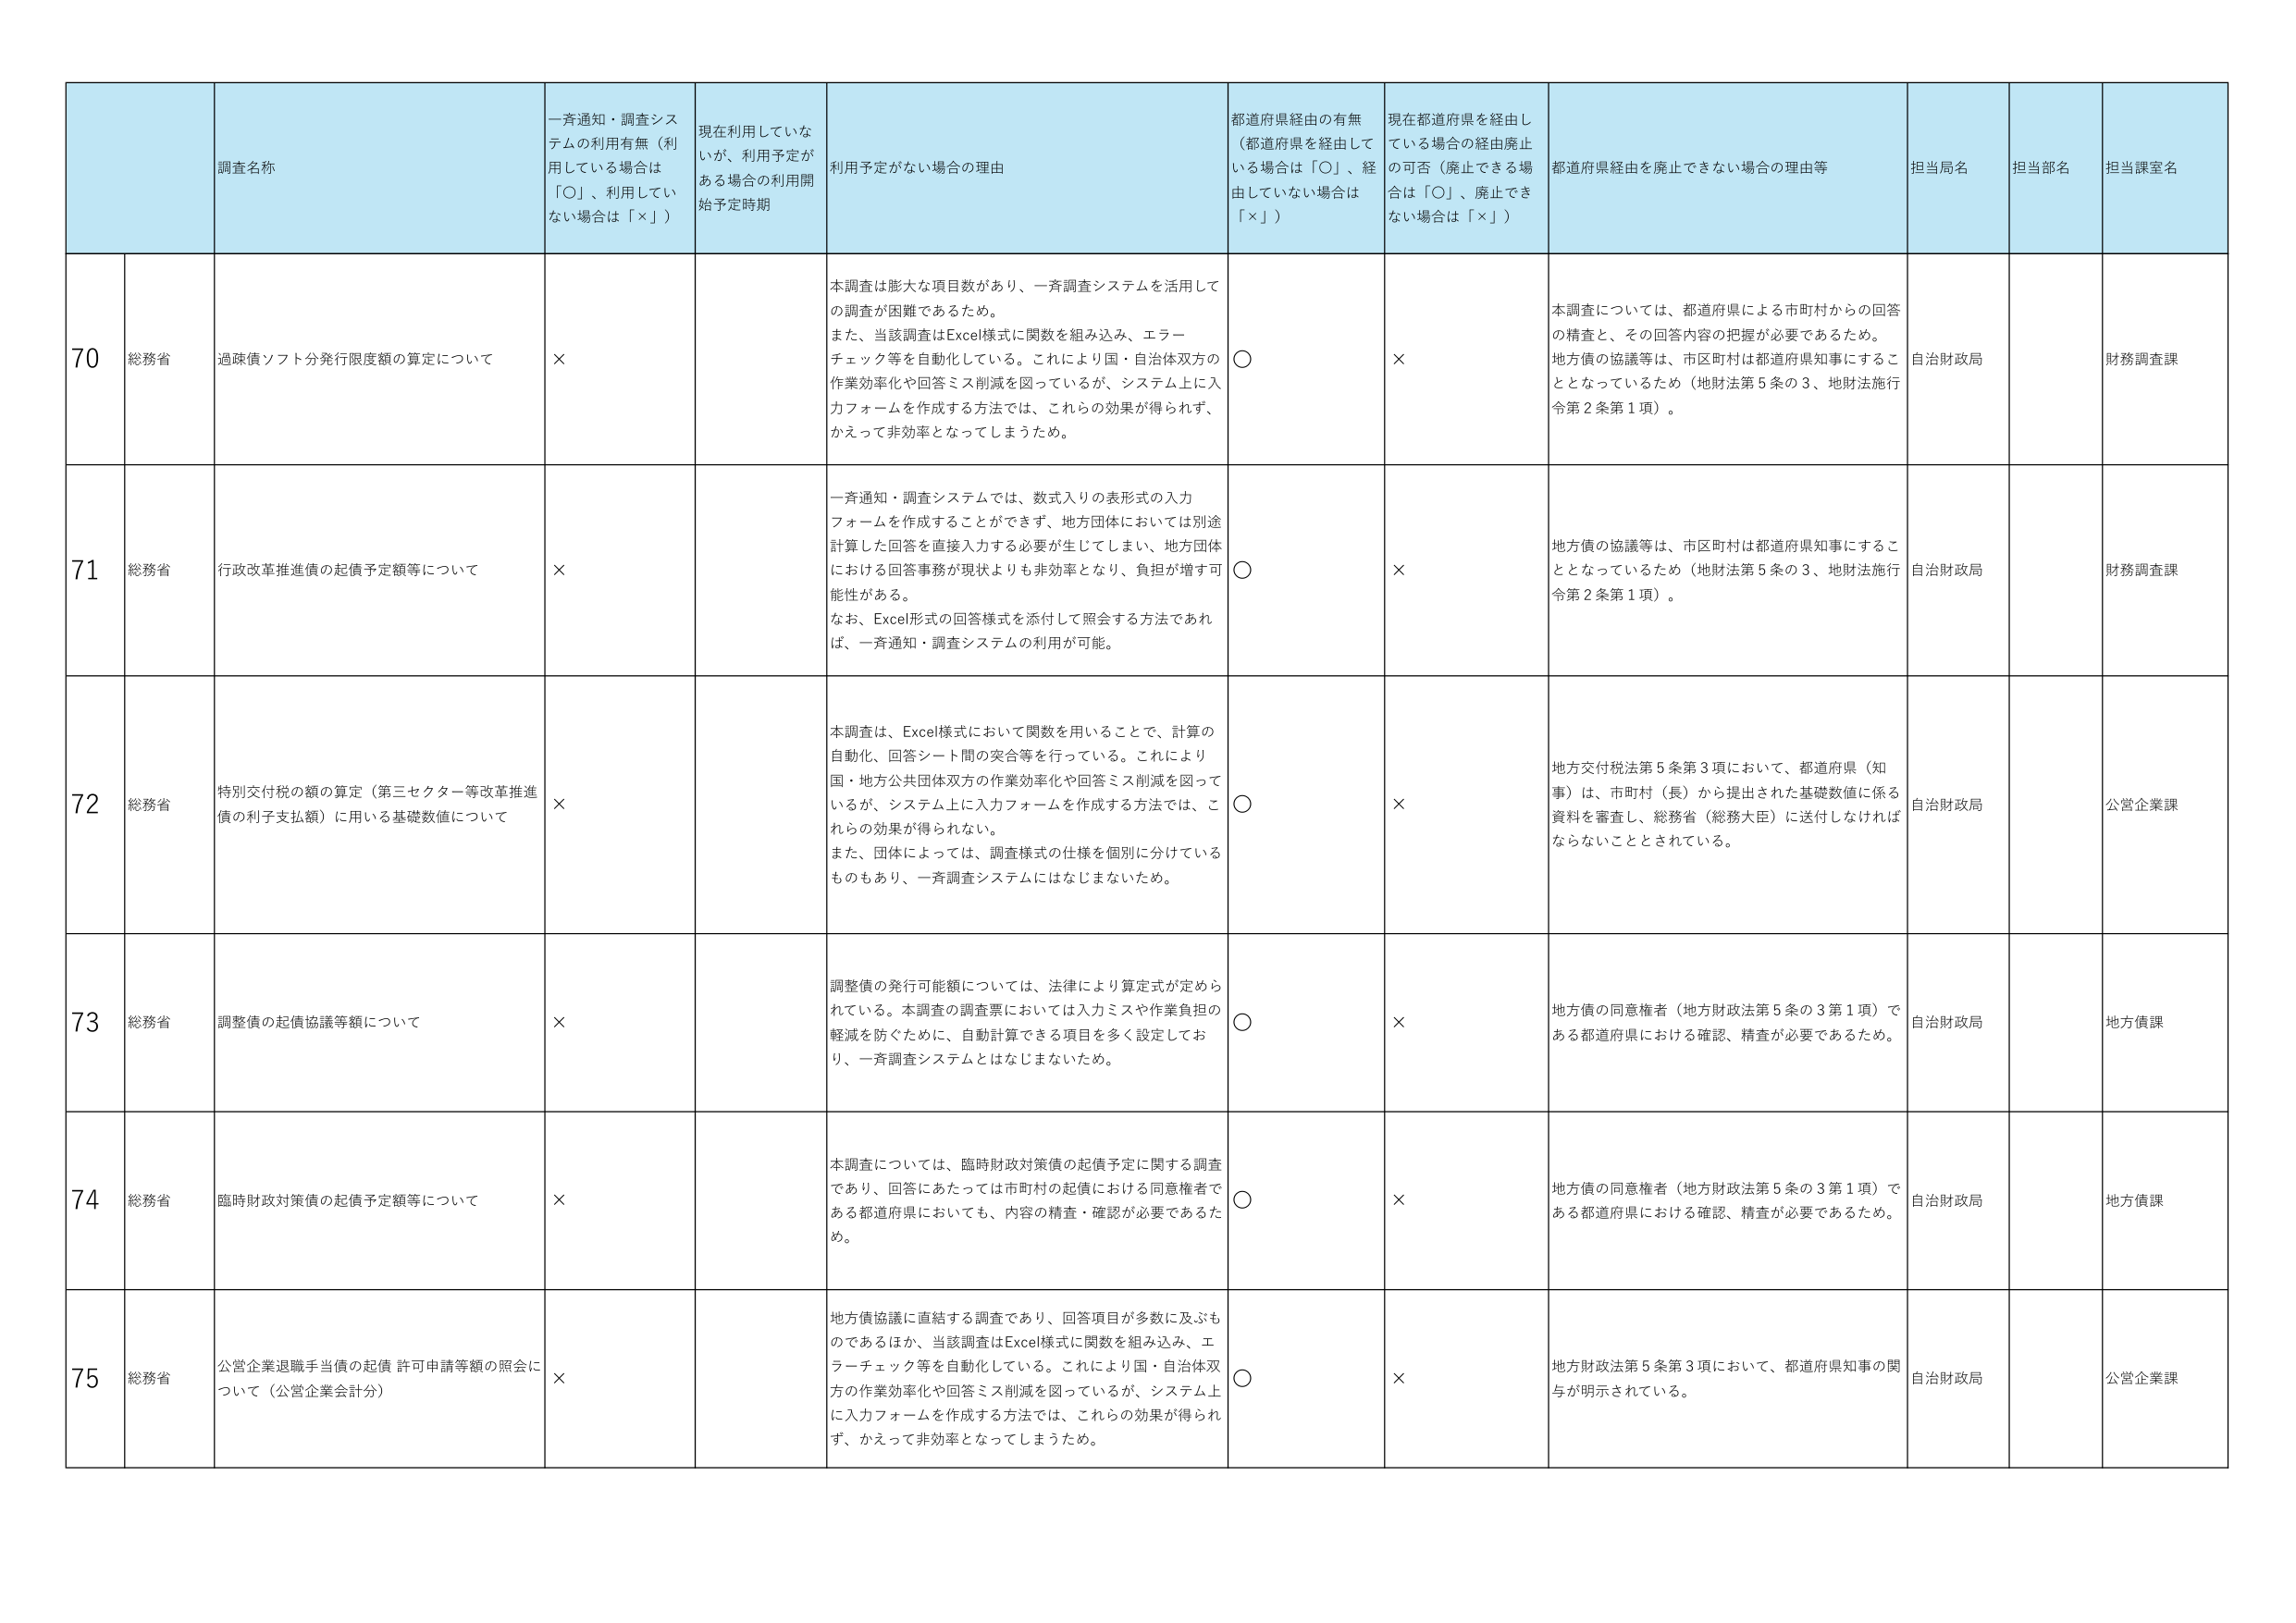
70 総務省 過疎債ソフト分発行限度額の算定について × 本調査は膨大な項目数があり、一斉調査システムを活用して の調査が困難であるため。 また、当該調査はExcel様式に関数を組み込み、エラー チェック等を自動化している。これにより国・自治体双方の 作業効率化や回答ミス削減を図っているが、システム上に入 力フォームを作成する方法では、これらの効果が得られず、 かえって非効率となってしまうため。 ○ × 本調査については、都道府県による市町村からの回答 の精査と、その回答内容の把握が必要であるため。 地方債の協議等は、市区町村は都道府県知事にするこ ととなっているため（地財法第5条の3、地財法施行 令第2条第1項）。 自治財政局 財務調査課

71 総務省 行政改革推進債の起債予定額等について × 一斉通知・調査システムでは、数式入りの表形式の入力 フォームを作成することができず、地方団体においては別途 計算した回答を直接入力する必要が生じてしまい、地方団体 における回答事務が現状よりも非効率となり、負担が増す可 能性がある。 なお、Excel形式の回答様式を添付して照会する方法であれ ば、一斉通知・調査システムの利用が可能。 ○ × 地方債の協議等は、市区町村は都道府県知事にするこ ととなっているため（地財法第5条の3、地財法施行 令第2条第1項）。 自治財政局 財務調査課

72 総務省 特別交付税の額の算定（第三セクター等改革推進 債の利子支払額）に用いる基礎数値について × 本調査は、Excel様式において関数を用いることで、計算の 自動化、回答シート間の突合等を行っている。これにより 国・地方公共団体双方の作業効率化や回答ミス削減を図って いるが、システム上に入力フォームを作成する方法では、こ れらの効果が得られない。 また、団体によっては、調査様式の仕様を個別に分けている ものもあり、一斉調査システムにはなじまないため。 ○ × 地方交付税法第5条第3項において、都道府県（知 事）は、市町村（長）から提出された基礎数値に係る 資料を審査し、総務省（総務大臣）に送付しなければ ならないこととされている。 自治財政局 公営企業課

73 総務省 調整債の起債協議等額について × 調整債の発行可能額については、法律により算定式が定めら れている。本調査の調査票においては入力ミスや作業負担の 軽減を防ぐために、自動計算できる項目を多く設定してお り、一斉調査システムとはなじまないため。 ○ × 地方債の同意権者（地方財政法第5条の3第1項）で ある都道府県における確認、精査が必要であるため。 自治財政局 地方債課

74 総務省 臨時財政対策債の起債予定額等について × 本調査については、臨時財政対策債の起債予定に関する調査 であり、回答にあたっては市町村の起債における同意権者で ある都道府県においても、内容の精査・確認が必要であるた め。 ○ × 地方債の同意権者（地方財政法第5条の3第1項）で ある都道府県における確認、精査が必要であるため。 自治財政局 地方債課

75 総務省 公営企業退職手当債の起債 許可申請等額の照会に ついて（公営企業会計分） × 地方債協議に直結する調査であり、回答項目が多数に及ぶも のであるほか、当該調査はExcel様式に関数を組み込み、エ ラーチェック等を自動化している。これにより国・自治体双 方の作業効率化や回答ミス削減を図っているが、システム上 に入力フォームを作成する方法では、これらの効果が得られ ず、かえって非効率となってしまうため。 ○ × 地方財政法第5条第3項において、都道府県知事の関 与が明示されている。 自治財政局 公営企業課

調査名称 一斉通知・調査シス テムの利用有無（利 用している場合は 「○」、利用してい ない場合は「×」） 現在利用していな いが、利用予定が ある場合の利用開 始予定時期 利用予定がない場合の理由 都道府県経由の有無 （都道府県を経由して いる場合は「○」、経 由していない場合は 「×」） 現在都道府県を経由し ている場合の経由廃止 の可否（廃止できる場 合は「○」、廃止でき ない場合は「×」） 都道府県経由を廃止できない場合の理由等 担当局名 担当部名 担当課室名